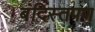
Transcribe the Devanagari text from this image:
बंदिस्तपण